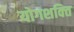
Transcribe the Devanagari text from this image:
योगशक्‍ति